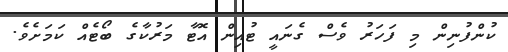
ކުންފުނިން މި ފަހަރު ވެސް ގެނައީ ޓުއިން އޮޓާ މަރުކާގެ ބޯޓެއް ކަމަށެވެ.